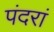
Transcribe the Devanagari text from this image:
पंदरां